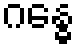
ဂန္ဓေ